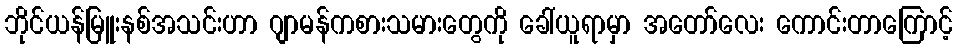
ဘိုင်ယန်မြူးနစ်အသင်းဟာ ဂျာမန်ကစားသမားတွေကို ခေါ်ယူရာမှာ အတော်လေး ကောင်းတာကြောင့်